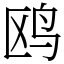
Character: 鸥